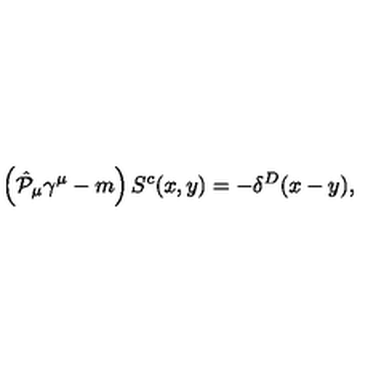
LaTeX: \left( \hat { { \cal P } } _ { \mu } \gamma ^ { \mu } - m \right) S ^ { c } ( x , y ) = - \delta ^ { D } ( x - y ) ,